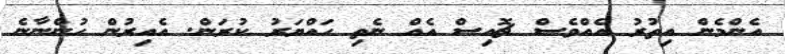
އެންމެން އިތުރު އެއްވެސް ޗޮއިސް އެއް ނެތި ހައްޔަރު ކުރަން. އެއިރުން ހުންނާނެ